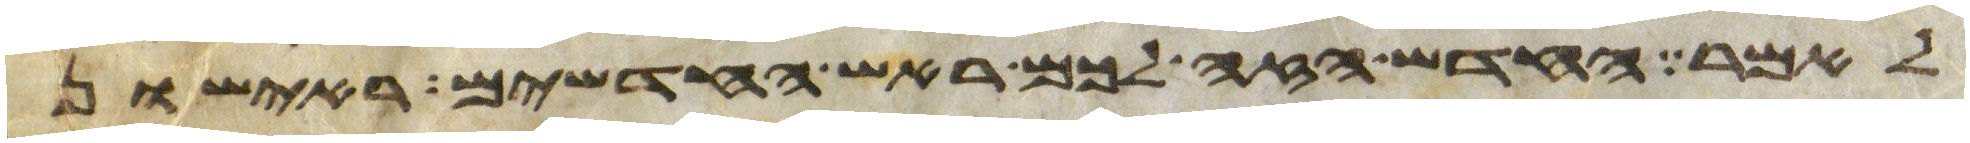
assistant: לאמר החדש הזה לכם ראש החדשים ראישון